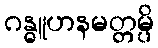
ဂန္ဓူဟနမတ္တမ္ပိ